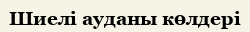
Шиелі ауданы көлдері